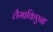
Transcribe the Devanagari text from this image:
लैमाकिएना